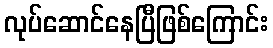
လုပ်ဆောင်နေပြီဖြစ်ကြောင်း